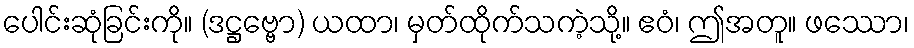
ပေါင်းဆုံခြင်းကို။ (ဒဋ္ဌဗ္ဗော) ယထာ၊ မှတ်ထိုက်သကဲ့သို့။ ဧဝံ၊ ဤအတူ။ ဖဿော၊